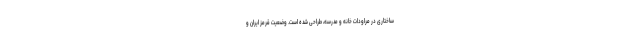
ساختاری در مراودات خانه و مدرسه، طراحی شده است. وضعیت قرمز ایران و